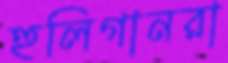
হুলিগানরা